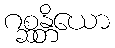
ဂစ္ဆန္တိယော